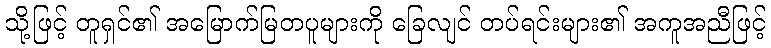
သို့ဖြင့် တူရှင်၏ အမြောက်မြတပူများကို ခြေလျင် တပ်ရင်းများ၏ အကူအညီဖြင့်